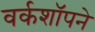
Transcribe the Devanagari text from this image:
वर्कशॉपने